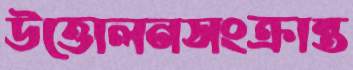
উত্তোলনসংক্রান্ত